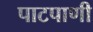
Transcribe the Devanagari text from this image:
पाटपाणी